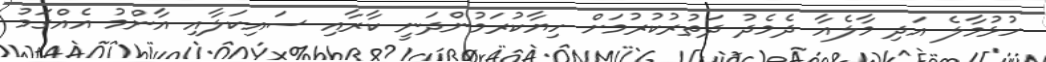
ހުޅުމާލެ އަދި މާލެއާ ދެމެދު ދަތުރުކުރުމަށް ހިޔާކުރަމުންދަނީ ކާރާއި ސައިކަލާއި އާންމު އެއްގަމު